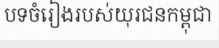
បទចំរៀងរបស់យុរជនកម្ពុជា